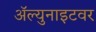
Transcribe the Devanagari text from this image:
ॲल्युनाइटवर